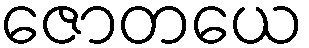
ဇောတယေ